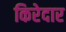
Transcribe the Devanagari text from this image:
किरेदार